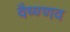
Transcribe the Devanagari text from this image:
वैष्ण्णव